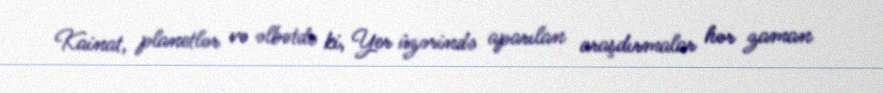
Kainat, planetlər və əlbətdə ki, Yer üzərində aparılan araşdırmalar hər zaman